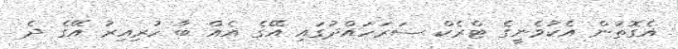
އެގޮތުން އެކުވެނީގެ ޓްރެކް ސަރަހައްދުގައި އޭގެ އެއް ބާ ހުރިއިރު އޭގެ ދެ